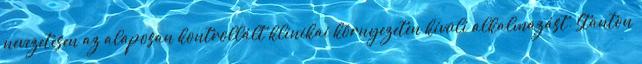
nevezetesen az alaposan kontrollált klinikai környezeten kívüli alkalmazást. Stanton